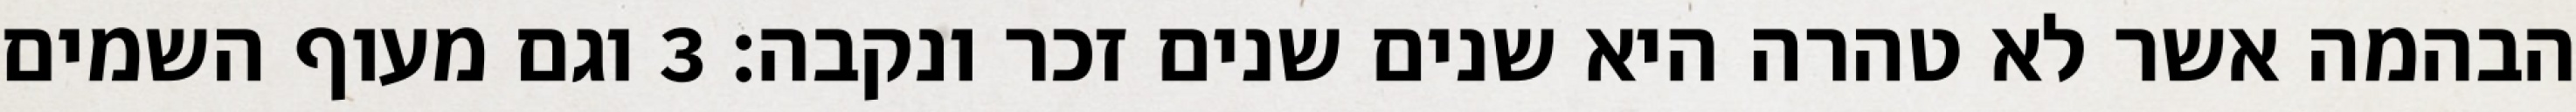
הבהמה אשר לא טהרה היא שנים שנים זכר ונקבה׃ ‎3‏ וגם מעוף השמים